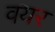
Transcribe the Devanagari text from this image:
वयर